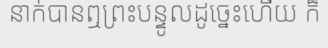
នាក់បានឮព្រះបន្ទូលដូច្នេះហើយ ក៏